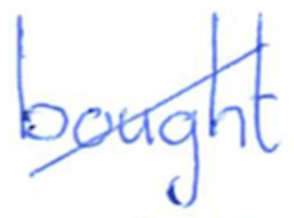
Text: bought
Cross-out: diagonal
Writing tool: ballpoint